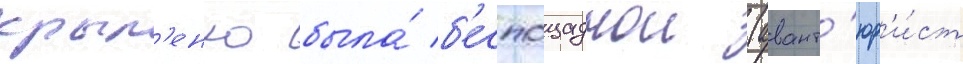
крыл'енко была́ б'еспощаднои (авант'юр'и́ст